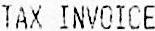
TAX INVOICE